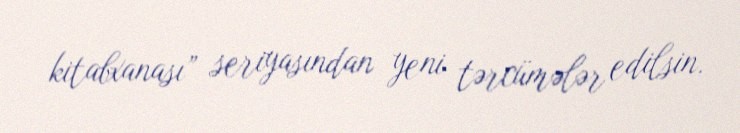
kitabxanası” seriyasından yeni tərcümələr edilsin.